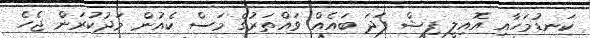
ކަނޑުމަހާއި އޮއިލީ ފިޝް ފަދަ ބައެއް ވައްތަރުގެ މަސް ކެއުން މަދުކުރަން ޖެހެ